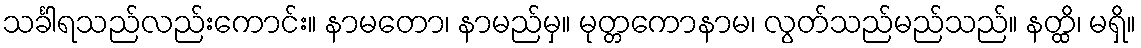
သင်္ခါရသည်လည်းကောင်း။ နာမတော၊ နာမည်မှ။ မုတ္တကောနာမ၊ လွတ်သည်မည်သည်။ နတ္ထိ၊ မရှိ။